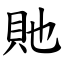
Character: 貤